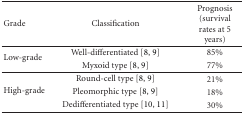
| Grade | Classification | Prognosis (survival rates at 5 years) |
 | --- | --- | --- |
 | <ROWSPAN=2> Low-grade | Well-differentiated [8, 9] | 85% |
 | Myxoid type [8, 9] | 77% |
 | <ROWSPAN=3> High-grade | Round-cell type [8, 9] | 21% |
 | Pleomorphic type [8, 9] | 18% |
 | Dedifferentiated type [10, 11] | 30% |